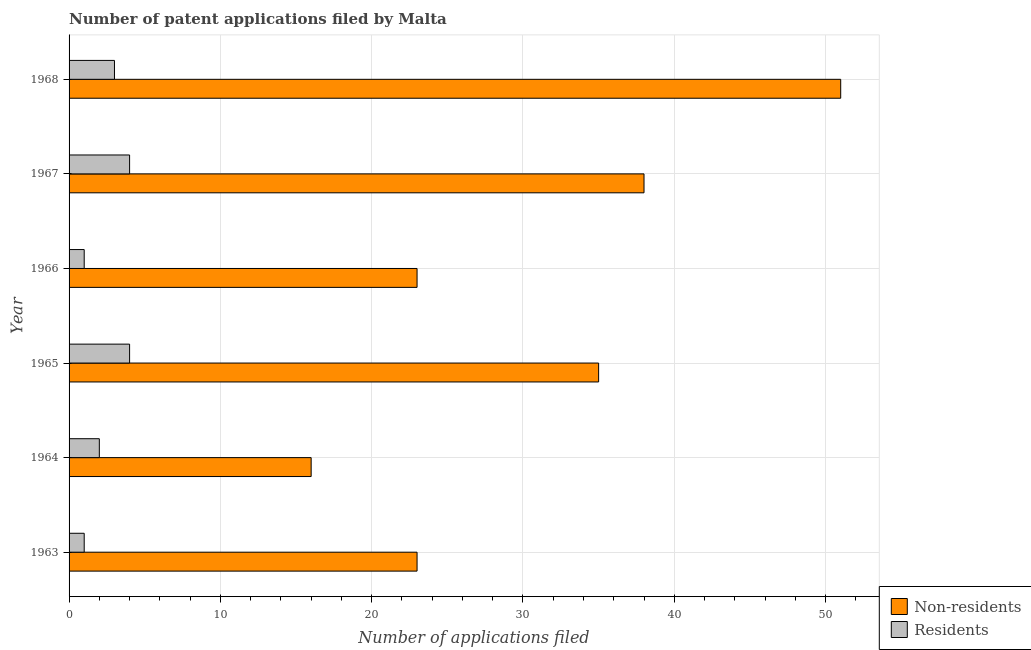
| Year | Non-residents | Residents |
 | --- | --- | --- |
 | 1963 | 23 | 1 |
 | 1964 | 16 | 2 |
 | 1965 | 35 | 4 |
 | 1966 | 23 | 1 |
 | 1967 | 38 | 4 |
 | 1968 | 51 | 3 |